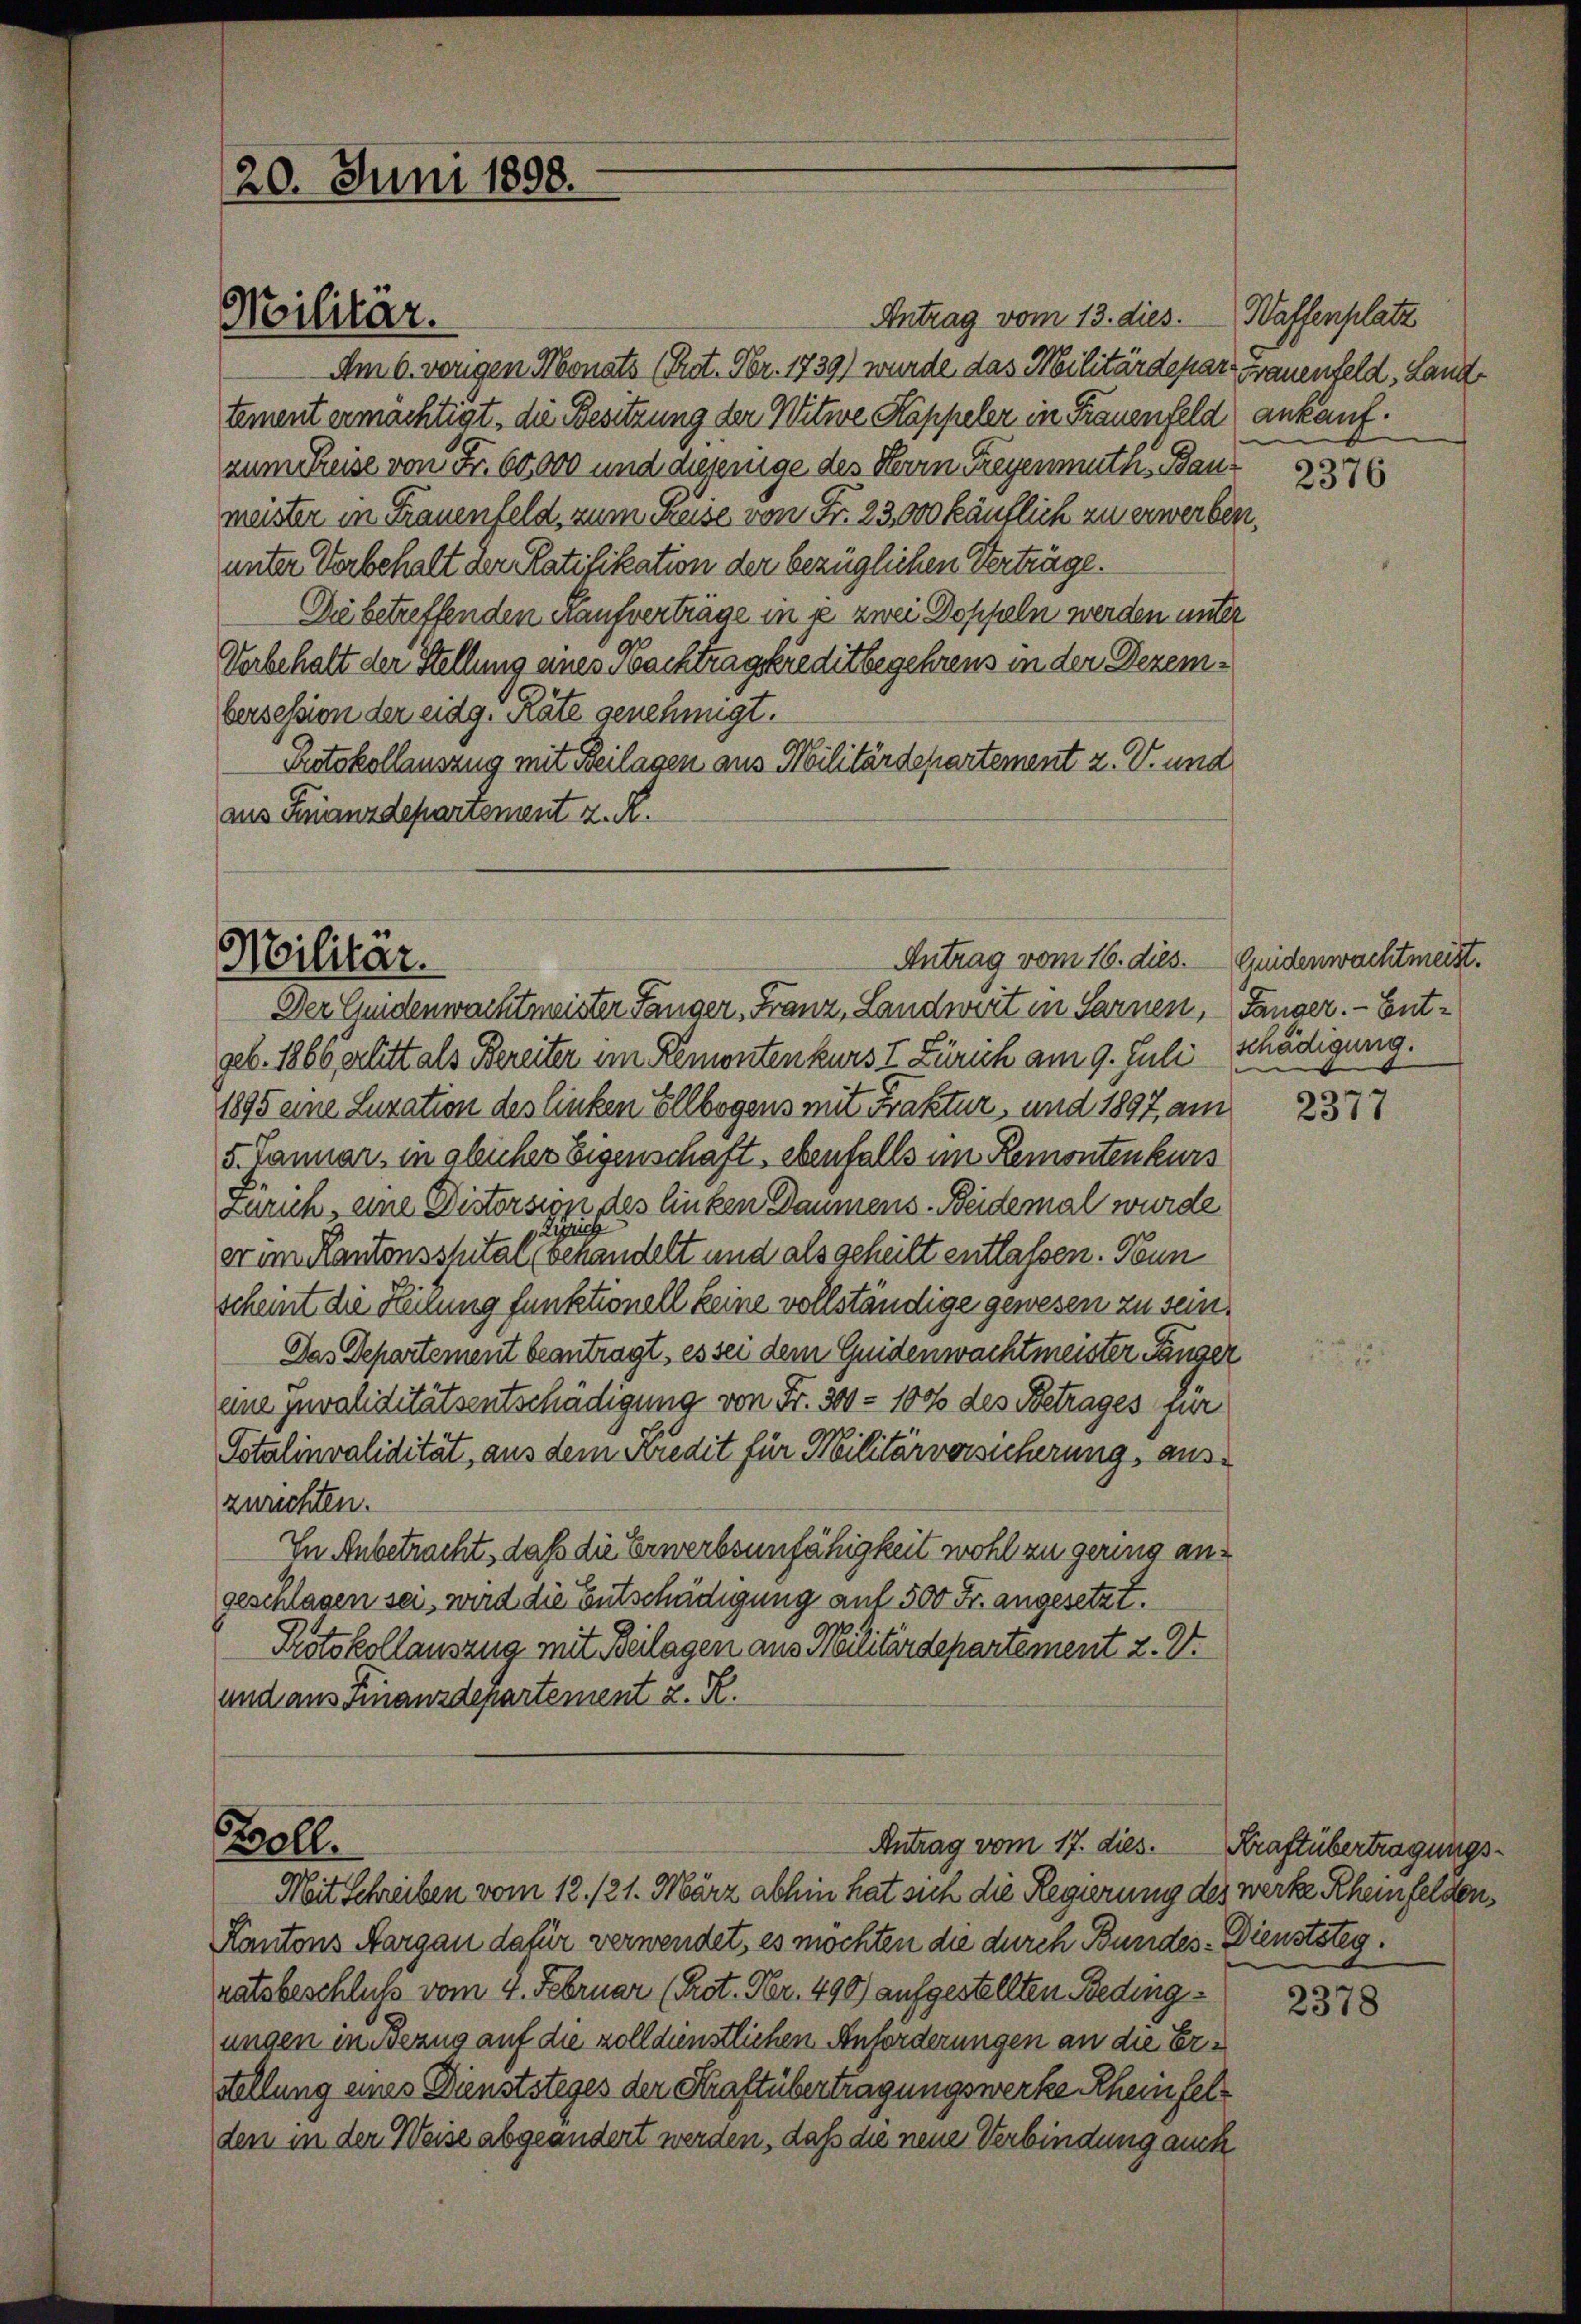
(20. Juni 1898.

Militär.

Antrag vom 13. dies.
Am 6. vorigen Monats (Pot. Xbr. 1739) wurde das Militärdepart Frauenfeld, Landtement ermächtigt, die Besitzung der Witwe Kappeler in Frauenfeld ankaufzum Reise von Fr. 60,000 und diejenige des Herrn Freyenmuth. Baumeister in Frauenfeld, zum Preise von Fr. 23,000 käuflich zu erwerben.
unter Vorbehalt der Ratifikation der bezüglichen Verträge.
Die betreffenden Kaufverträge in in zwei Doppeln werden unter
Vorbehalt der Stellung eines Nachtragskreditbegehrens in der Dezembersession der eidg. Räte genehmigt.
Protokollauszug mit Beilagen aus Militärdepartement z. V. und
aus Finanzdepartement z. R.

Der Guidenwachtmeister Fänger, Franz, Landwert in Sarnen, Gänger. - Entgeb. 1866, erlitt als Bereiter im Remontenkurs I. Zürich am 9. Juli schädigung.
1895 eine Luzation des linken Ellbogens mit Fraktur, und 1897 am
5. Januar in gleicher Eigenschaft, ebenfalls im Remonten kurs
Zürich, eine Distorsion des linken Daumens- Beidemal wurde
er im Kantonsspital behandelt und als geheilt entlassen. Nun
scheint die Heilung funktionell keine vollständige gewesen zu sein.
Das Departement beantragt, es sei dem Guidenwachtmeister Länger
ene Juvaliditätsentschädigung von Fr. 300 - 100 des Betrages für
Totalinvalidität, aus dem Kredit für Militärversicherung, auszurichten.
In Anbetracht, daß die Erwerbsunfähigkeit wohl zu gering angeschlagen sei, wird die Entschädigung auf 500 Fr. angesetzt.
Protokollauszug mit Beilagen aus Militärdepartement 2. V.
und aus Finanzdepartement z. R.

Antrag vom 16. dies.
Militär.

Bell.

Antrag vom 17. dies.

Mit Schreiben vom 12. 121. März abhin hat sich die Regierung des werke Rheinfelden,
Kantons Aargau dafür verwendet, es möchten die durch Bundes-Dienststeg
ratsbeschluß vom 4. Februar (Rot. Nr. 490) aufgestellten Bedingungen in Bezug auf die zolldienstlichen Anforderungen an die Erstellung eines Dienststeges der Kraftübertragungswerke Rheinfelden in der Weise abgeändert werden, daß die neue Verbindung auch

Waffenplatz

2376

Quidenwachtmeist.

2377

Kraftübertragungs¬

2378